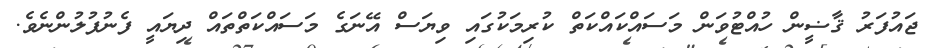
ޖައުފަރު ޤާޟީން ހުއްޓުވަން މަސައްކައްކަތް ކުރިމަކުގައި ވިޔަސް އޭނަގެ މަސައްކަތްތައް ދިޔައީ ފެނުފުލުންނެވެ.